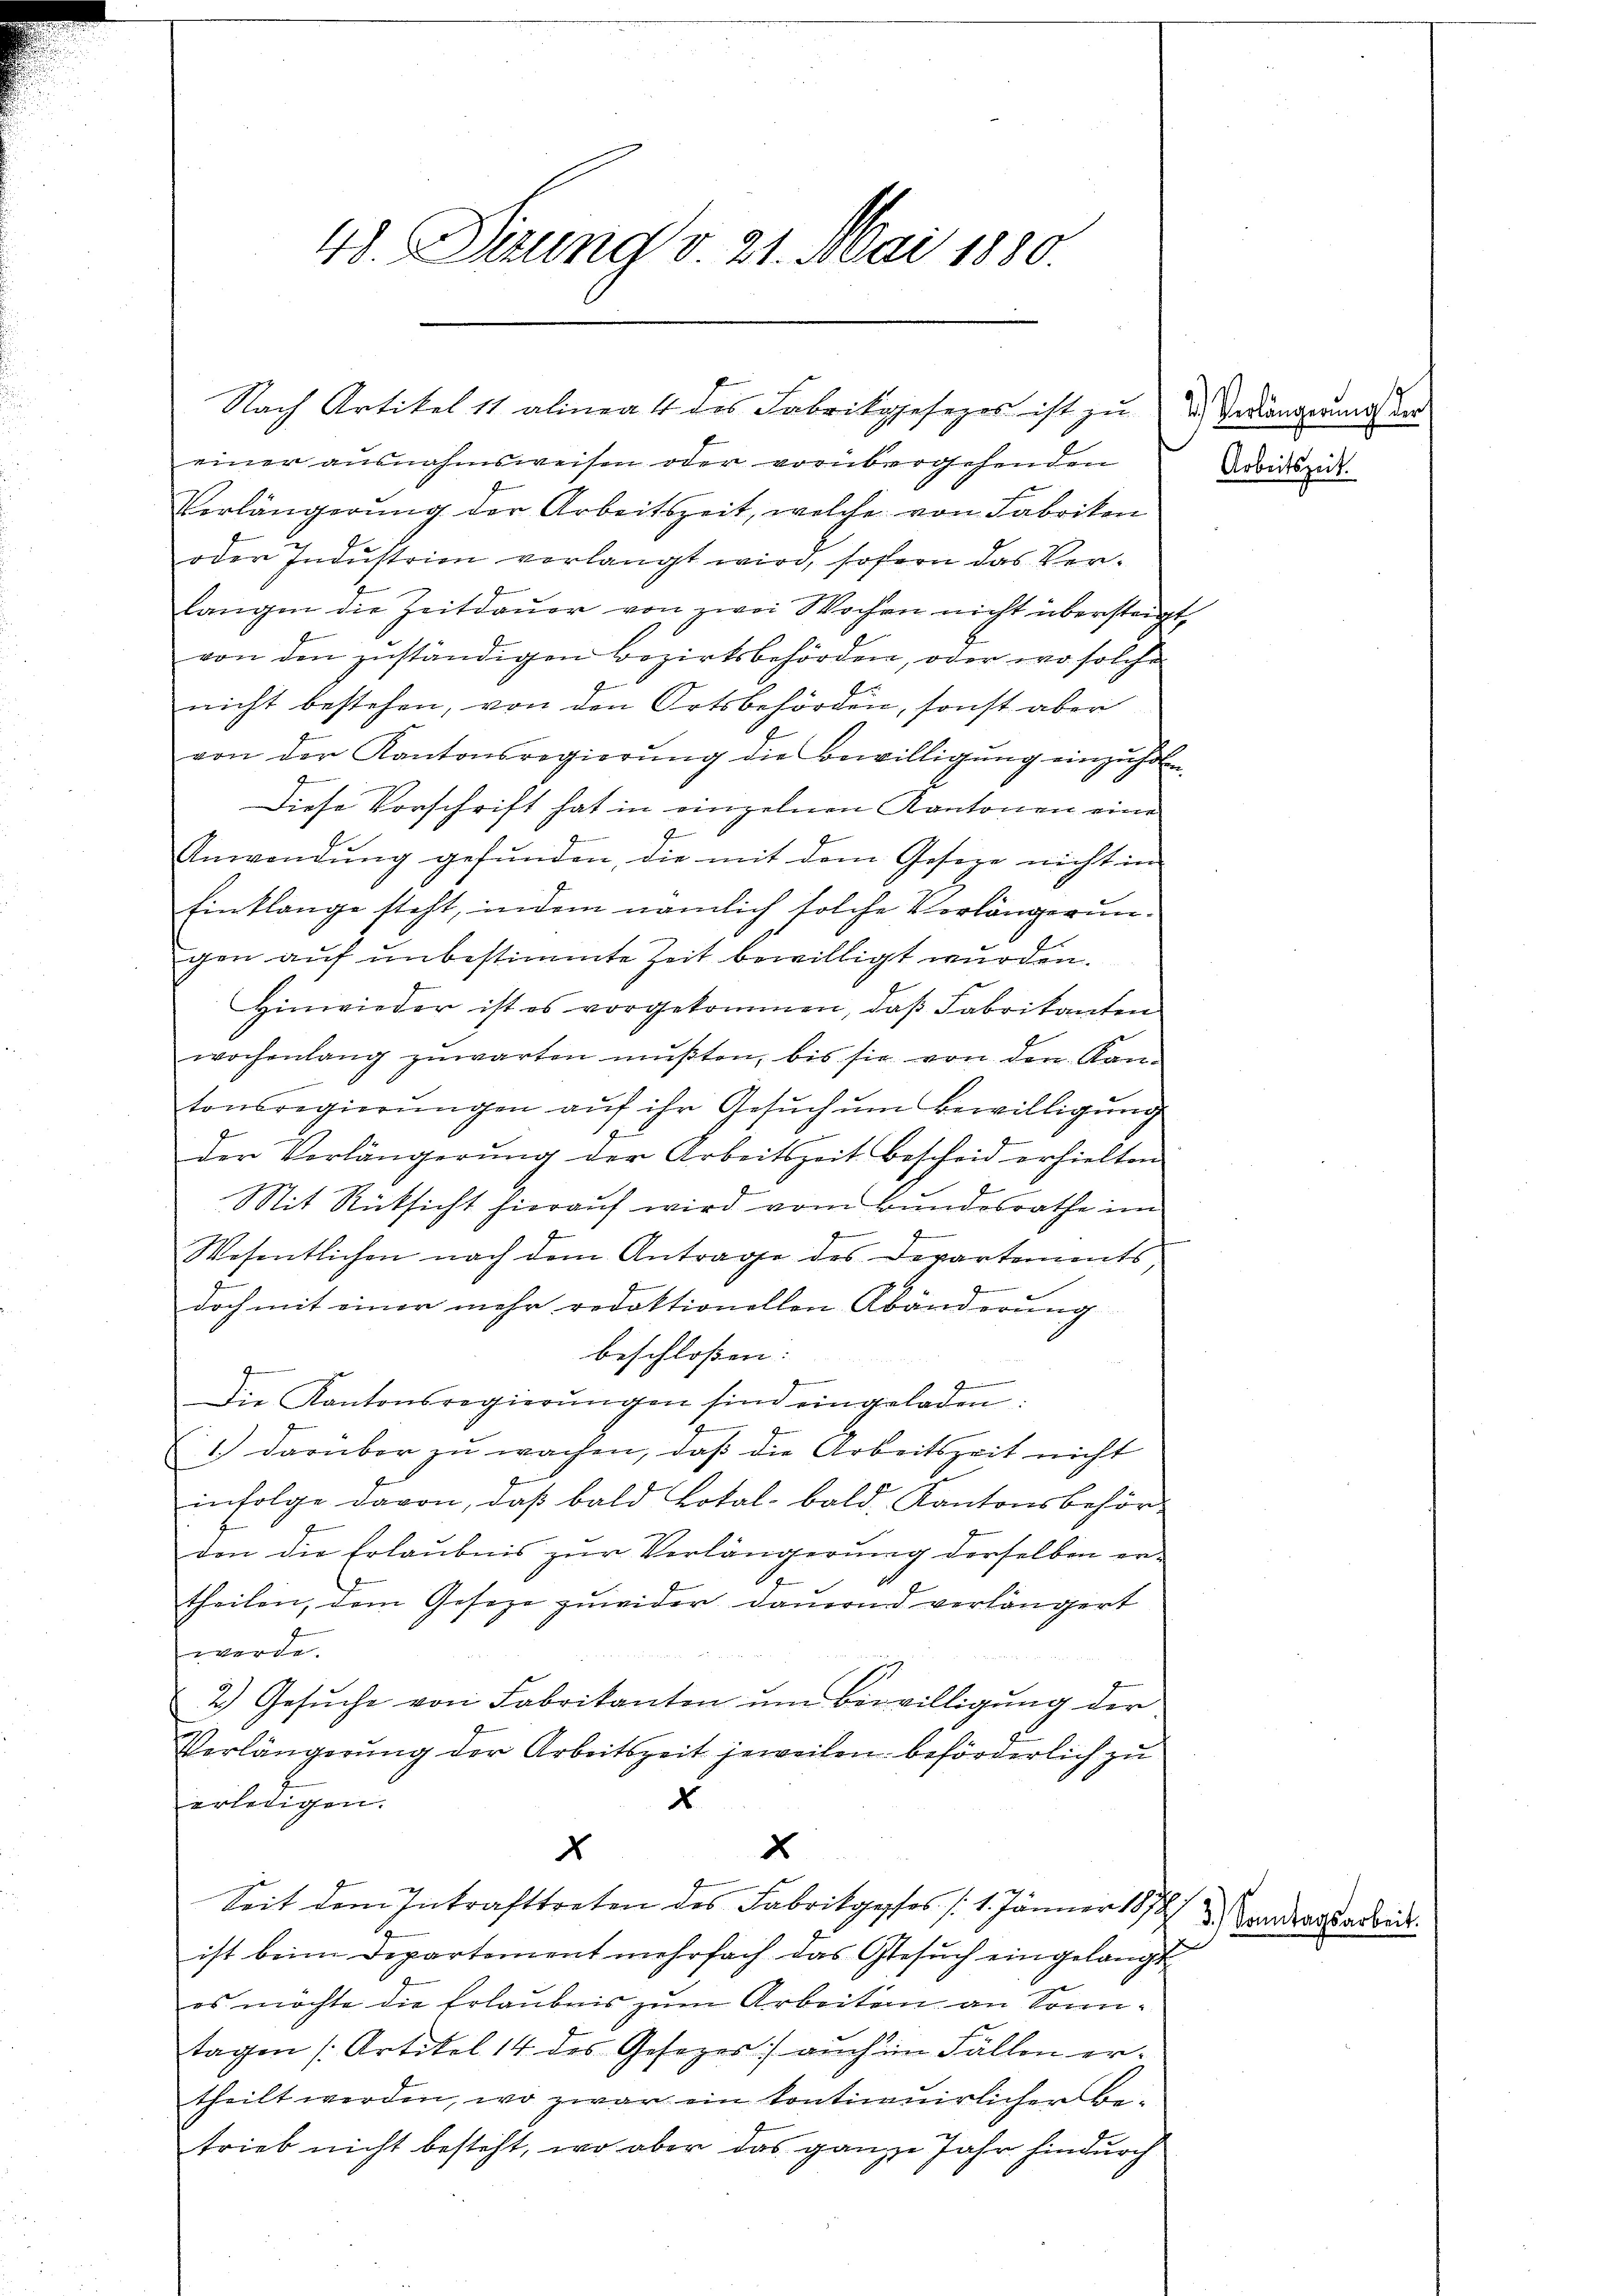
48. Sizung v. 21. Mai 1880.

einer ausnahmsweisen oder vorübergehenden
Vorlängerŭng der Arbeitszeit, welche von Fabriken
oder Indŭstrien verlangt wird, sofern das Ver-
langen die Zeitdaŭer von zwei Wochen nicht übersteigt,
von den zuständigen Bezirksbehörden, oder wo solche
nicht bestehen, von den Ortsbehörden, sonst aber
von der Kantonsregierŭng die Bewilligŭng einzŭholen
Diese Vorschrift hat in einzelnen Kantonen eine
I
Anwendung gefunden, die mit dem Geseze nicht in
Einklange steht, indem nämlich solche Verlängerungen auf unbestimmte Zeit bewilligt wurden.
Hinwieder ist es vorgekommen, daß Fabrikanten
wochenlang zŭwarten mŭβten, bis sie von den Kan-
tonsregierŭngen aŭf ihr Gesŭch ŭm Bewilligŭng
der Verlängerŭng der Arbeitszeit bescheid erhielten
Mit Rücksicht hierauf wird vom Bundesrathe im
Wosentlichen nach dem Antrage des Departements,
doch mit einer mehr redaktionellen Abänderung
beschloßen:
d
Die Kantonsregierŭngen sind eingeladen.
1.) darüber zu wachen, daß die Arbeitszeit nicht
infolge davon, daß bald Lotal- bald, Kantonsbehördon die Erlaubnis zur Verlängerung derselben ertheilen, dem Geseze zuwider Dauernd verlängert
werde.
2.) Gesŭche von Fabrikanten ŭm Bewilligŭng der
Verlängerung der Arbeitszeit jeweilen beförderlich zu
2
erledigen.
x
2
Seit dem Inkrafttreten des Fabrikgepsos /: 1. Jänner 1878
ist beim Departement mehrfach das Gesuch eingelangt
es möchte die Erlaubnis zum Arbeiten an Sonntagen (Artikel 14 des Gesezes) auch im Fällen ertheilt werden, wo zwar ein kontinuirlicher Be-
trieb nicht besteht, wo aber das ganze Jahr hindurch

Nach Artikel 11 alinea 4 des Fabrikgesezes ist zu 2.) Dengerung der

e

Arbeitszeit.

3.) Sonntagsarbeit.